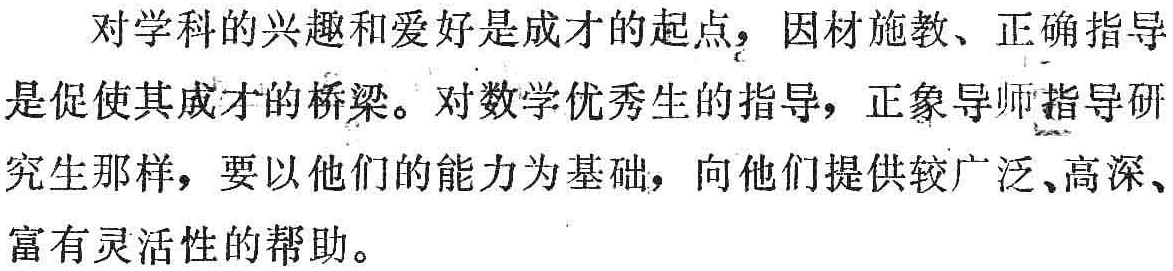
对学科的兴趣和爱好是成才的起点，因材施教、正确指导是促使其成才的桥梁。对数学优秀生的指导，正象导师指导研究生那样，要以他们的能力为基础，向他们提供较广泛、高深、富有灵活性的帮助。